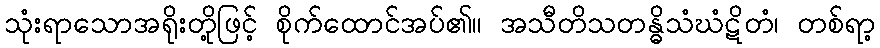
သုံးရာသောအရိုးတို့ဖြင့် စိုက်ထောင်အပ်၏။ အသီတိသတန္ဓိသံဃံဋိတံ၊ တစ်ရာ့